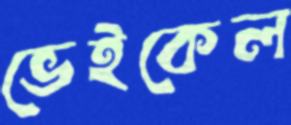
ভেইকেল